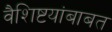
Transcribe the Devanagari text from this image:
वैशिष्टयांबाबत